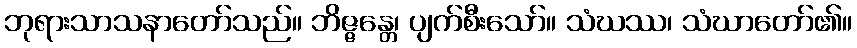
ဘုရားသာသနာတော်သည်။ ဘိဇ္ဇန္တေ၊ ပျက်စီးသော်။ သံဃဿ၊ သံဃာတော်၏။